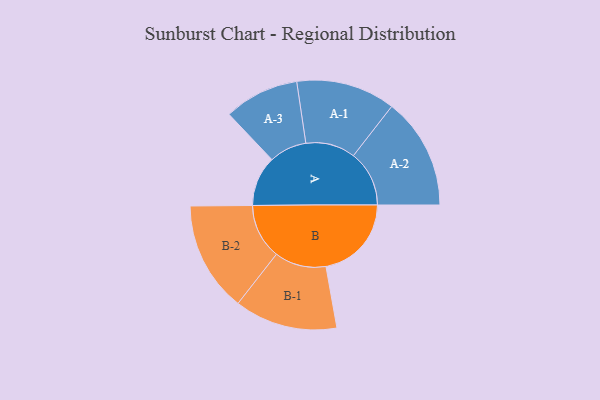
{"axis": {"x": "Segment", "y": "Value"}, "legend": ["", "A", "B"], "data": [{"x": "A", "y": 154, "type": ""}, {"x": "B", "y": 262, "type": ""}, {"x": "A-1", "y": 152, "type": "A"}, {"x": "A-2", "y": 171, "type": "A"}, {"x": "A-3", "y": 115, "type": "A"}, {"x": "B-1", "y": 158, "type": "B"}, {"x": "B-2", "y": 169, "type": "B"}]}